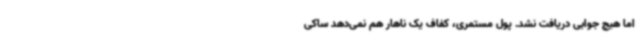
اما هیچ جوابی دریافت نشد. پول مستمری، کفاف یک ناهار هم نمی‌دهد ساکی